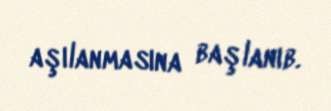
aşılanmasına başlanıb.